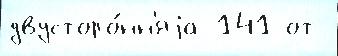
двусторо́нн'яjа 141 от